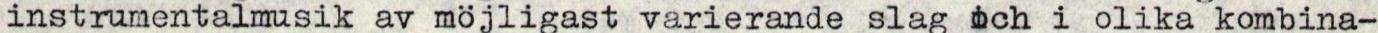
instrumentalmusik av möjligast varierande slag och i olika kombina-